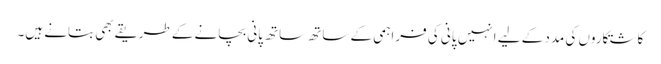
کاشتکاروں کی مدد کے لیے انہیں پانی کی فراہمی کے ساتھ ساتھ پانی بچانے کے طریقے بھی بتانے ہیں۔